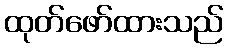
ထုတ်ဖော်ထားသည်